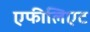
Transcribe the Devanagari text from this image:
एफीलिएट